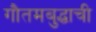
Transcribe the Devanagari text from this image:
गौतमबुद्धाची